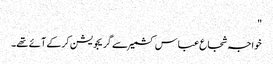
"
خواجہ شجاع عباس کشمیر سے گریجویشن کرکے آئے تھے۔